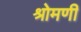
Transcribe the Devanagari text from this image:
श्रोमणी